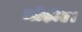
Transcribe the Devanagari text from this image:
मोड़ीए।